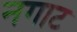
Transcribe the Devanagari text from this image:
नगाट